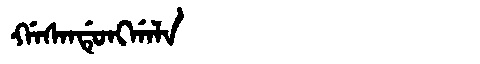
Manchu: ᡤᠠᠰᠠᠨᡩᡠᠩᡤᠠᠯᠠ
Romanization: GASANDUNGGALA